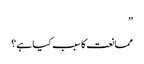
”
ممانعت کا سبب کیا ہے ؟